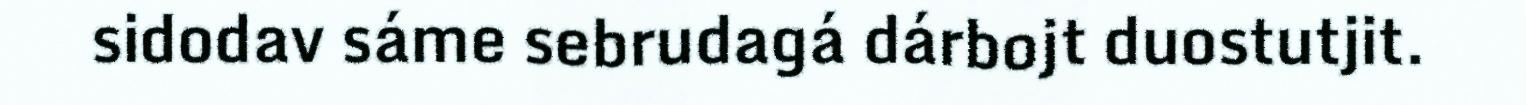
sidodav sáme sebrudagá dárbojt duostutjit.